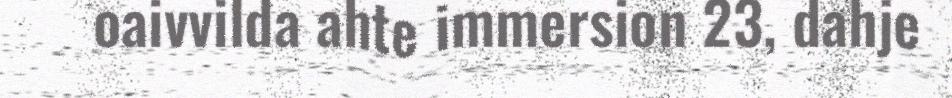
oaivvilda ahte immersion 23, dahje